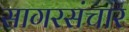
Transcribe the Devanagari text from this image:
सागरसंचार